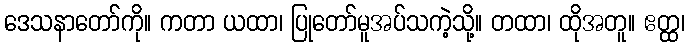
ဒေသနာတော်ကို။ ကတာ ယထာ၊ ပြုတော်မူအပ်သကဲ့သို့။ တထာ၊ ထိုအတူ။ ဧတ္ထ၊